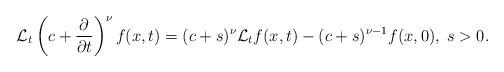
LaTeX: \begin{align*}\mathcal{L}_{t} \left(c+\frac{\partial}{\partial t}\right)^{\nu}f(x,t)=(c+s)^{\nu}\mathcal{L}_{t}{f(x,t)}-(c+s)^{\nu-1}f(x,0),\; s>0. \end{align*}